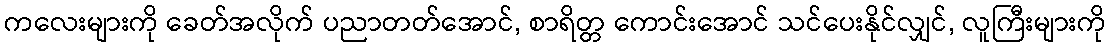
ကလေးများကို ခေတ်အလိုက် ပညာတတ်အောင်, စာရိတ္တ ကောင်းအောင် သင်ပေးနိုင်လျှင်, လူကြီးများကို